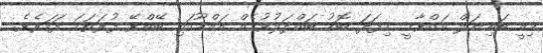
މިއީ ބައިނަލް އަގްވާމީ މިފަދަ ބޮޑު ބައްދަލުވުމެއް އައްޑޫގައި ބޭއްވޭ ފުރަތަމަ ފަހަރެވެ.